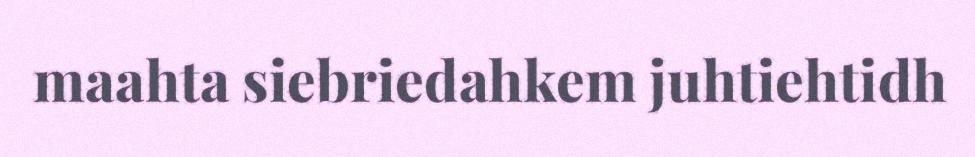
maahta siebriedahkem juhtiehtidh